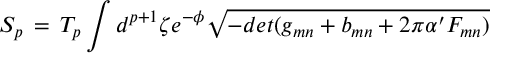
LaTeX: S _ { p } \, = \, T _ { p } \int d ^ { p + 1 } \zeta e ^ { - \phi } \sqrt { - d e t ( g _ { m n } + b _ { m n } + 2 \pi \alpha ^ { \prime } F _ { m n } ) }